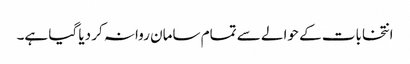
انتخابات کے حوالے سے تمام سامان روانہ کر دیا گیا ہے۔